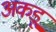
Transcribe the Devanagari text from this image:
अकडू